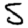
Digit: 5